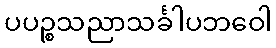
ပပဉ္စသညာသင်္ခါပဘဝေါ